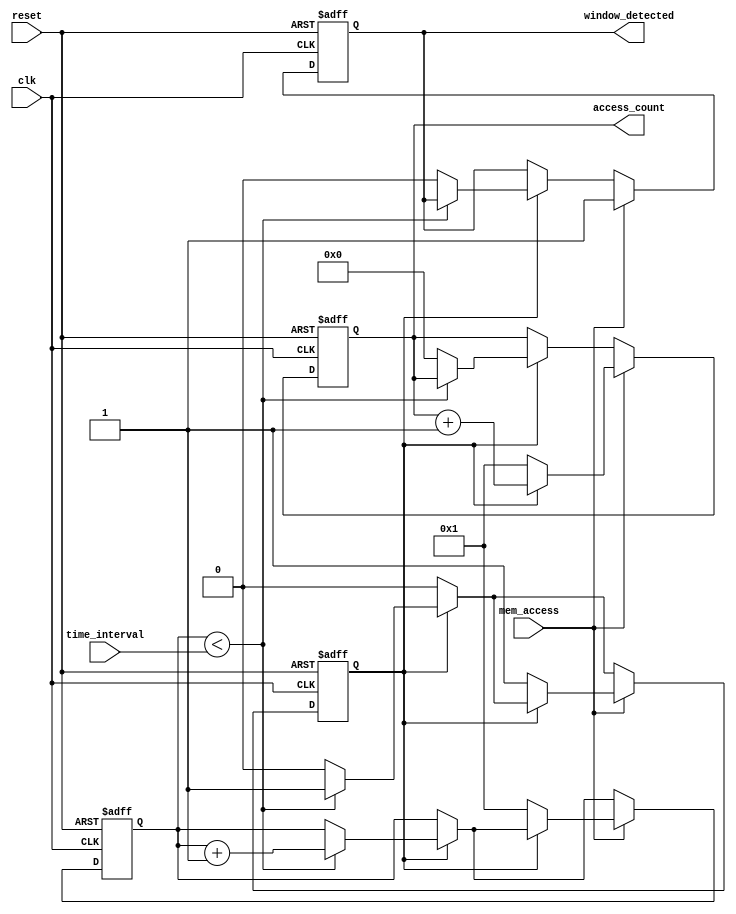
module MemoryBlocksTimeWindowDetector (
    input wire clk,
    input wire reset,
    input wire mem_access,
    input wire [31:0] time_interval, // Configurable time interval in clock cycles
    output reg window_detected,
    output reg [31:0] access_count
);

    reg [31:0] counter; // Counter to track clock cycles
    reg counting; // Flag to indicate whether we are in the counting phase

    // Asynchronous reset and counting logic
    always @(posedge clk or posedge reset) begin
        if (reset) begin
            access_count <= 0;
            window_detected <= 0;
            counter <= 0;
            counting <= 0;
        end else begin
            // If we are counting and the counter reaches the time_interval
            if (counting) begin
                if (counter < time_interval) begin
                    counter <= counter + 1;
                end else begin
                    // Time interval reached, reset counting
                    counting <= 0;
                    access_count <= 0; // Reset access count
                    window_detected <= 0; // Clear window detected flag
                end
            end
            
            // Check for memory access
            if (mem_access) begin
                if (!counting) begin
                    // Start counting if we detect a memory access
                    counting <= 1;
                    counter <= 1; // Start from 1 as we just detected an access
                    access_count <= 1; // Initialize access count
                    window_detected <= 1; // Set window detected
                end else begin
                    // Increment access count if already counting
                    access_count <= access_count + 1;
                    window_detected <= 1; // Keep window detected
                end
            end
        end
    end

endmodule